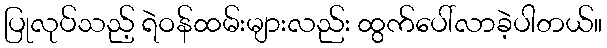
ပြုလုပ်သည့် ရဲဝန်ထမ်းများလည်း ထွက်ပေါ်လာခဲ့ပါတယ်။